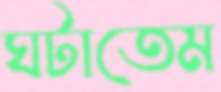
ঘটাতেম